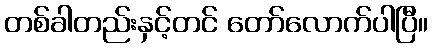
တစ်ခါတည်းနှင့်တင် တော်လောက်ပါပြီ။